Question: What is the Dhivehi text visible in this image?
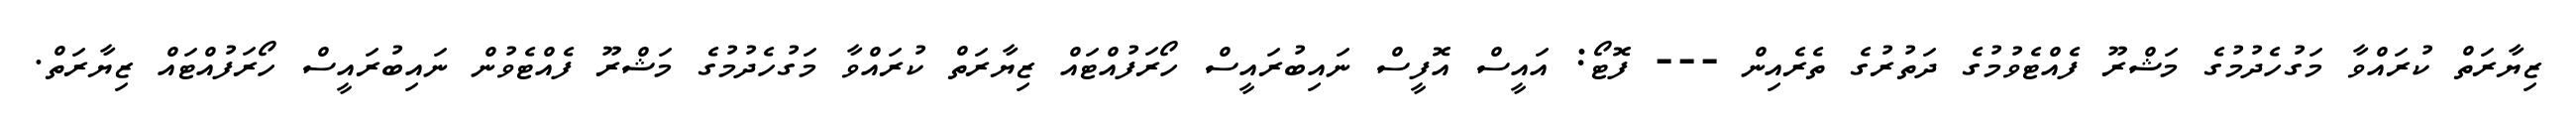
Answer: ޒިޔާރަތް ކުރައްވާ މަގުހެދުމުގެ މަޝްރޫ ފެއްޓެވުމުގެ ދަތުރުގެ ތެރެއިން --- ފޮޓޯ: އައީސް އޮފީސް ނައިބުރައީސް ހޯރަފުއްޓައް ޒިޔާރަތް ކުރައްވާ މަގުހެދުމުގެ މަޝްރޫ ފެއްޓެވުން ނައިބުރައީސް ހޯރަފުއްޓައް ޒިޔާރަތް.